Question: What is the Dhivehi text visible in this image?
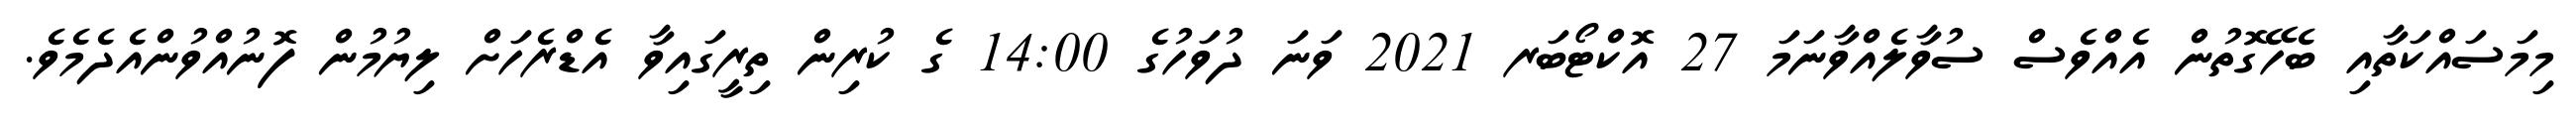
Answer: މިމަސައްކަތާއި ބެހޭގޮތުން އެއްވެސް ސުވާލެއްވާނަމަ 27 އޮކްޓޯބަރ 2021 ވަނަ ދުވަހުގެ 14:00 ގެ ކުރިން ތިރީގައިވާ އެޑްރެހަށް ލިޔުމުން ފޮނުއްވުންއެދެމެވެ.